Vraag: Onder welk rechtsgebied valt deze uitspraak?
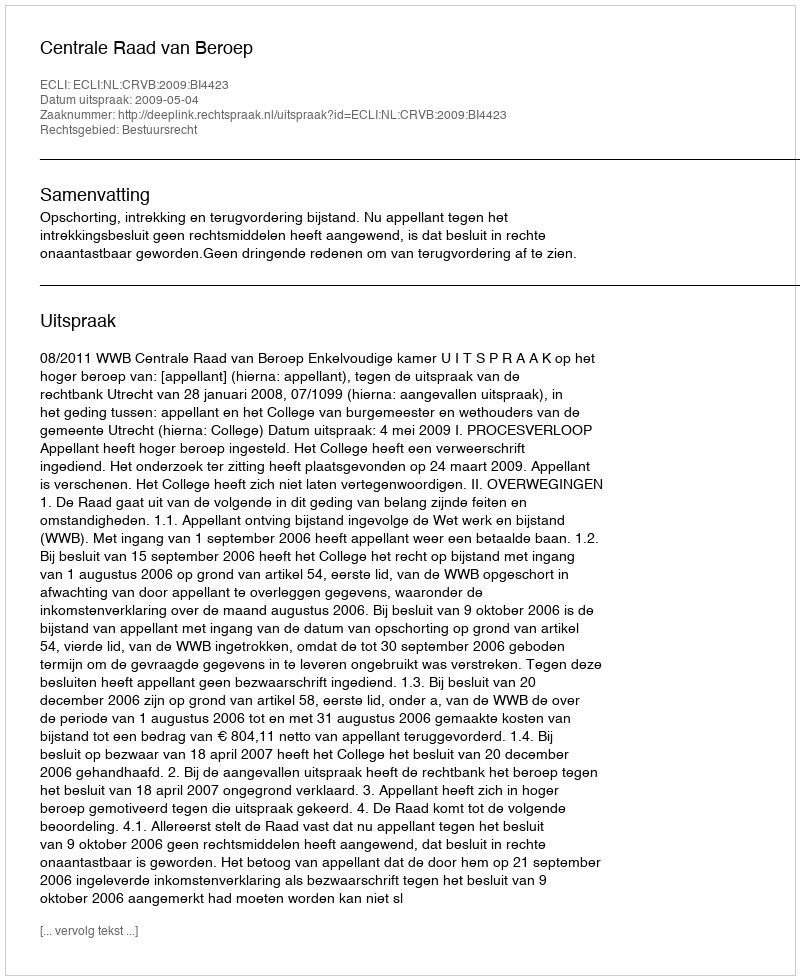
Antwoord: Bestuursrecht